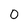
Character: 0